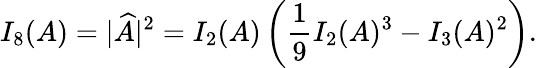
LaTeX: I_{8}(A)=|\widehat{A}|^{2}=I_{2}(A)\left(\frac{1}{9}I_{2}(A)^{3}-I_{3}(A)^{2}\right).